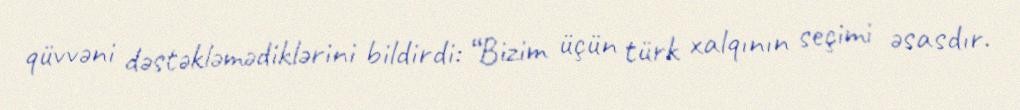
qüvvəni dəstəkləmədiklərini bildirdi: “Bizim üçün türk xalqının seçimi əsasdır.